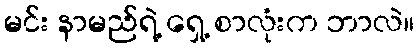
မင်း နာမည်ရဲ့ ရှေ့ စာလုံးက ဘာလဲ။